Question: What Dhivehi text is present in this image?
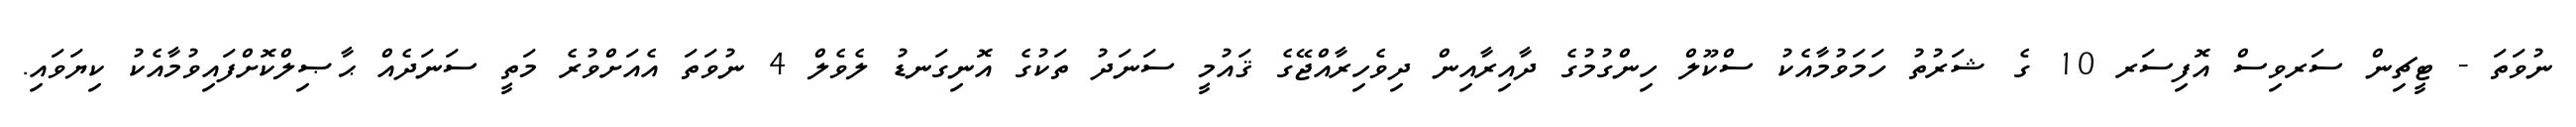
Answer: ނުވަތަ - ޓީޗިން ސަރވިސް އޮފިސަރ 10 ގެ ޝަރުތު ހަމަވުމާއެކު ސްކޫލް ހިންގުމުގެ ދާއިރާއިން ދިވެހިރާއްޖޭގެ ޤައުމީ ސަނަދު ތަކުގެ އޮނިގަނޑު ލެވެލް 4 ނުވަތަ އެއަށްވުރެ މަތީ ސަނަދެއް ޙާޞިލްކޮށްފައިވުމާއެކު ކިޔަވައި.